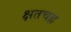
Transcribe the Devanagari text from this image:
क्षतचह्न